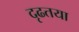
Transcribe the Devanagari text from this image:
दृढतया